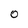
Character: O